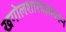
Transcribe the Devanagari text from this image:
खगोलशास्त्रज्ञावरुन